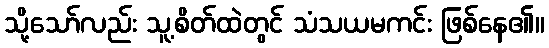
သို့သော်လည်း သူ့စိတ်ထဲတွင် သံသယမကင်း ဖြစ်နေ၏။